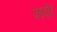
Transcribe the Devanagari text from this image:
फावोर